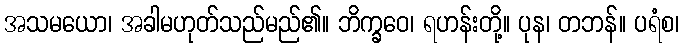
အသမယော၊ အခါမဟုတ်သည်မည်၏။ ဘိက္ခဝေ၊ ရဟန်းတို့။ ပုန၊ တဘန်။ ပရံစ၊